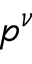
p ^ { \nu }